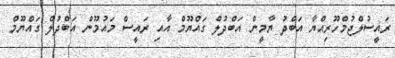
ރައީސުލްޖުމްހޫރިއްޔާ އަބްދު ޔާމީން އަބްދުލް ގައްޔޫމް އާއި ރައީސް މައުމޫން އަބްދުލް ގައްޔޫމް